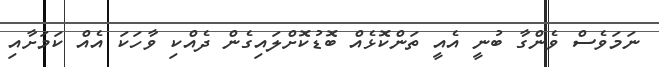
ނަމަވެސް ވެންގާ ބުނީ އެއީ ތަންކޮޅެއް ބޮޑުކޮށްލައިގެން ދެއްކި ވާހަކަ އެއް ކަމަށާއި